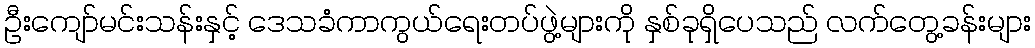
ဦးကျော်မင်းသန်းနှင့် ဒေသခံကာကွယ်ရေးတပ်ဖွဲ့များကို နှစ်ခုရှိပေသည် လက်တွေ့ခန်းများ